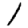
Digit: 1